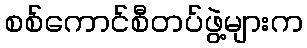
စစ်ကောင်စီတပ်ဖွဲ့များက